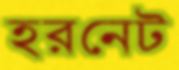
হরনেট